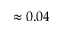
\approx 0 . 0 4